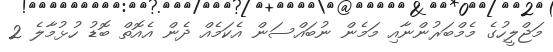
މަޖްލީހުގެ މެމްބަރުންނާއި މަމެން ނުބައްސަން އެކަމެއް ދެން އެއޮތް ބޮޑު ހުޅުމާލެ 2